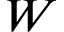
W